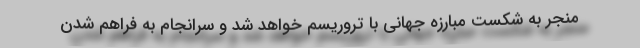
منجر به شکست مبارزه جهانی با تروریسم خواهد شد و سرانجام به فراهم شدن